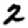
Digit: 2